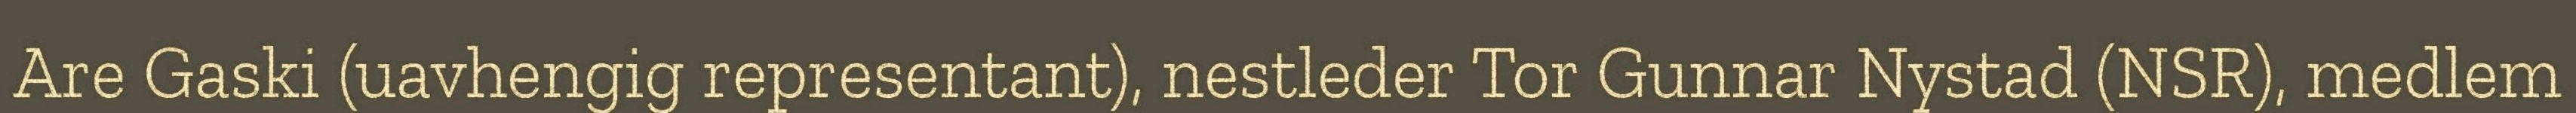
Are Gaski (uavhengig representant), nestleder Tor Gunnar Nystad (NSR), medlem